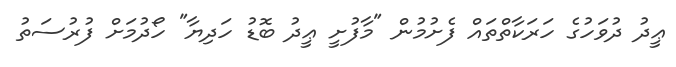
ޢީދު ދުވަހުގެ ހަރަކާތްތައް ފެށުމުން "މާފުށީ ޢީދު ބޮޑު ހަދިޔާ" ހޯދުމަށް ފުރުސަތު